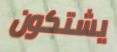
يشتكون